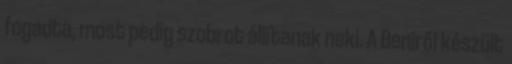
fogadta, most pedig szobrot állítanak neki. A Beniről készült